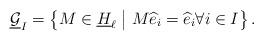
LaTeX: \begin{align*}\underline{\mathcal{G}}_I = \left\{ M \in \underline{H}_\ell \bigm\vert M \widehat{e}_i = \widehat{e}_i \forall i \in I \right\}.\end{align*}